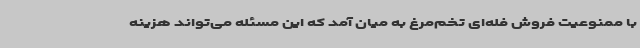
با ممنوعیت فروش فله‌ای تخم‌مرغ به میان آمد که این مسئله می‌تواند هزینه